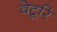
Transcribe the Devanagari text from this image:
वेटूरि